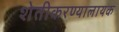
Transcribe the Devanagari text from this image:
शेतीकरण्यालायक